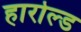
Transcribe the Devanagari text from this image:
हारोल्ड